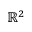
\mathbb { R } ^ { 2 }